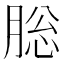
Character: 䐋